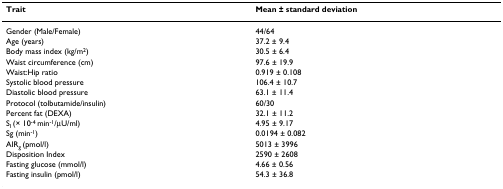
<table><thead><tr><td><b>Trait</b></td><td><b>Mean ± standard deviation</b></td></tr></thead><tbody><tr><td>Gender (Male/Female)</td><td>44/64</td></tr><tr><td>Age (years)</td><td>37.2 ± 9.4</td></tr><tr><td>Body mass index (kg/m<sup>2</sup>)</td><td>30.5 ± 6.4</td></tr><tr><td>Waist circumference (cm)</td><td>97.6 ± 19.9</td></tr><tr><td>Waist:Hip ratio</td><td>0.919 ± 0.108</td></tr><tr><td>Systolic blood pressure</td><td>106.4 ± 10.7</td></tr><tr><td>Diastolic blood pressure</td><td>63.1 ± 11.4</td></tr><tr><td>Protocol (tolbutamide/insulin)</td><td>60/30</td></tr><tr><td>Percent fat (DEXA)</td><td>32.1 ± 11.2</td></tr><tr><td>S<sub>I </sub>(× 10<sup>-4 </sup>min<sup>-1</sup>/μU/ml)</td><td>4.95 ± 9.17</td></tr><tr><td>Sg (min<sup>-1</sup>)</td><td>0.0194 ± 0.082</td></tr><tr><td>AIR<sub>g </sub>(pmol/l)</td><td>5013 ± 3996</td></tr><tr><td>Disposition Index</td><td>2590 ± 2608</td></tr><tr><td>Fasting glucose (mmol/l)</td><td>4.66 ± 0.56</td></tr><tr><td>Fasting insulin (pmol/l)</td><td>54.3 ± 36.8</td></tr></tbody></table>